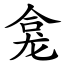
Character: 龛